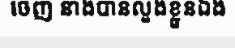
ចេញ នាងបានលួងខ្លួនឯង